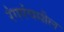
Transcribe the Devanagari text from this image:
रंगपंचमील